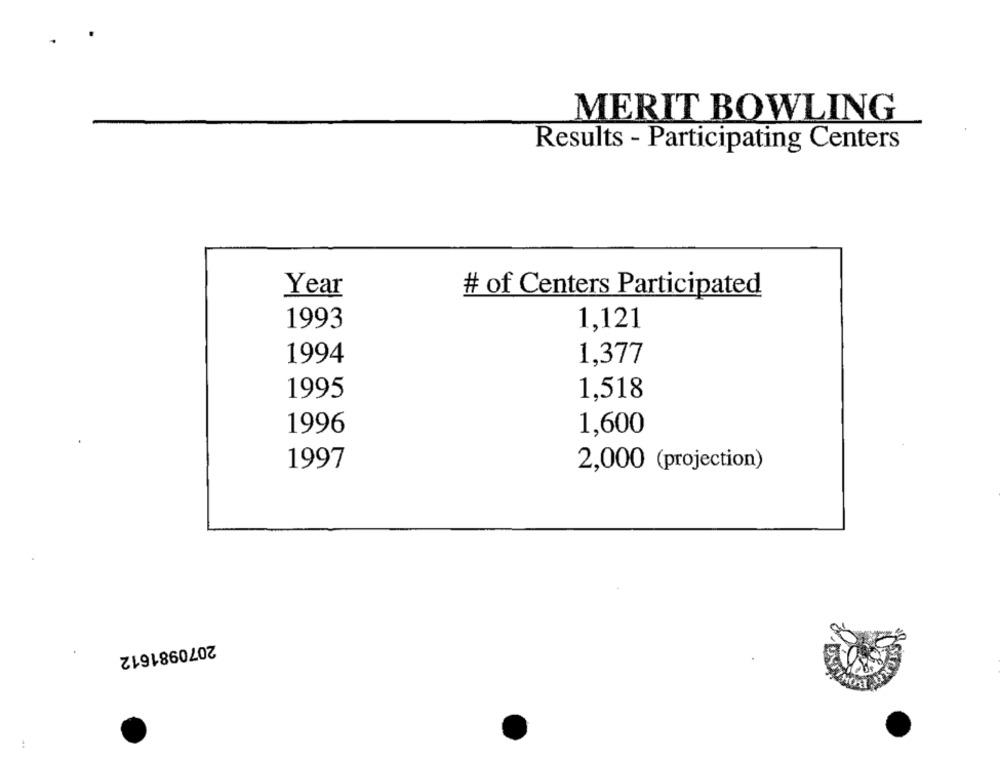
MERIT BOWLING
Results - Participating Centers
Year
# of Centers Participated
1993
1,121
1994
1,377
1995
1,518
1996
1,600
1997
2,000 (projection)
2070981612
..